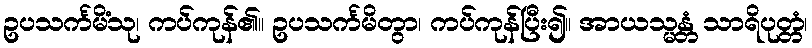
ဥပသင်္ကမိံသု၊ ကပ်ကုန်၏။ ဥပသင်္ကမိတွာ၊ ကပ်ကုန်ပြီး၍။ အာယသ္မန္တံ သာရိပုတ္တံ၊